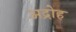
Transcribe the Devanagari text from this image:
अद्रोह